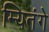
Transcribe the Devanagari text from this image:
म्यितंगे